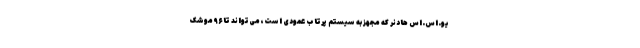
یو.اس.اس هادنر که مجهز به سیستم پرتاب عمودی است، می‌تواند تا ۹۶ موشک